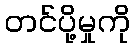
တင်ပို့မှုကို